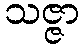
သဇ္ဇာ